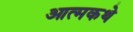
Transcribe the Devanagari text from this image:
आत्मकथे